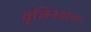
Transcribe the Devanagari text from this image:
वृजिनवान।